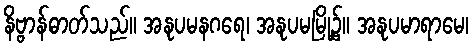
နိဗ္ဗာန်ဓာတ်သည်။ အနုပမနဂရေ၊ အနုပမမြို့၌။ အနုပမာရာမေ၊